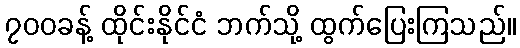
၇၀၀ခန့် ထိုင်းနိုင်ငံ ဘက်သို့ ထွက်ပြေးကြသည်။